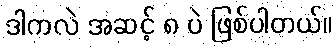
ဒါကလဲ အဆင့် ၈ ပဲ ဖြစ်ပါတယ်။